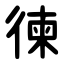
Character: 徚